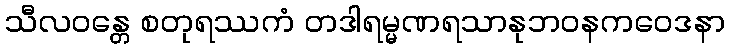
သီလဝန္တေ စတုရဿကံ တဒါရမ္မဏရသာနုဘဝနကဝေဒနာ